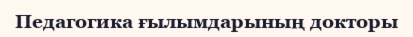
Педагогика ғылымдарының докторы